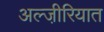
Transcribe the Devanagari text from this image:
अल्जी़रियात